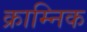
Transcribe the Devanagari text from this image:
क्राम्निक